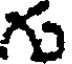
గు